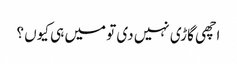
اچھی گاڑی نہیں دی تو میں ہی کیوں ؟